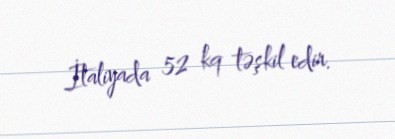
İtaliyada 52 kq təşkil edir.